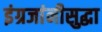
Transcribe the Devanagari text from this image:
इंग्रजांनीसुद्धा